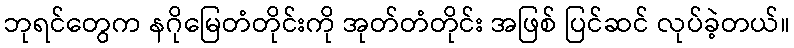
ဘုရင်တွေက နဂိုမြေတံတိုင်းကို အုတ်တံတိုင်း အဖြစ် ပြင်ဆင် လုပ်ခဲ့တယ်။